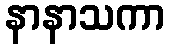
နာနာသကာ